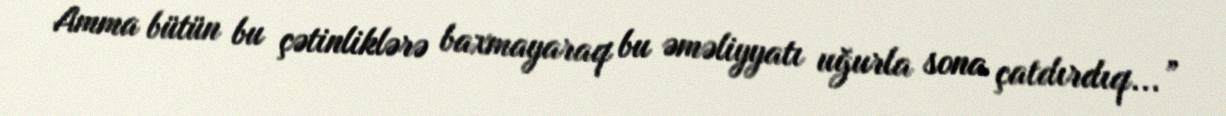
Amma bütün bu çətinliklərə baxmayaraq bu əməliyyatı uğurla sona çatdırdıq...”